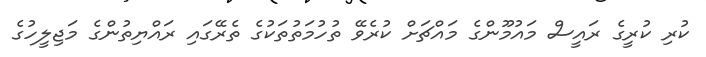
ކުރި ކުރީގެ ރައީސް މައުމޫންގެ މައްޗަށް ކުރެވޭ ތުހުމަތުތަކުގެ ތެރޭގައި ރައްޔިތުންގެ މަޖިލީހުގެ